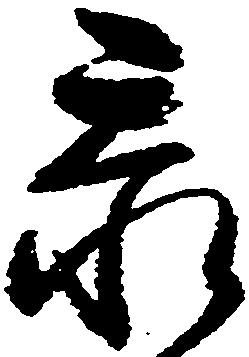
忝